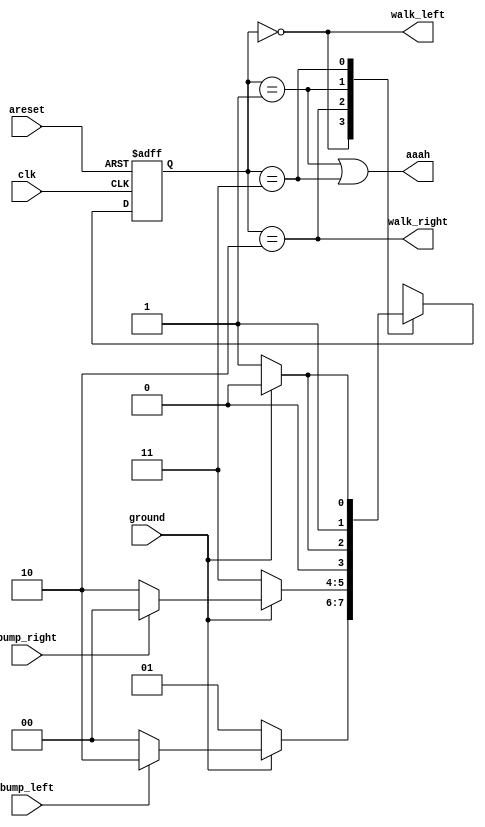
module top_module(
	input clk,
	input areset,
	input bump_left,
	input bump_right,
	input ground,
	output walk_left,
	output walk_right,
	output aaah
);

	parameter LEFT = 2'd0, LEFT_GROUND = 2'd1, RIGHT = 2'd2, RIGHT_GROUND = 2'd3;

	reg [1:0] curr_dir, next_dir;

	always @(posedge clk or posedge areset) begin
		// Freshly brainwashed Lemmings walk left.
		if (areset) begin
			curr_dir <= LEFT;
		end
		else begin
			curr_dir <= next_dir;
		end
	end

	always @(*) begin
		case (curr_dir)
			LEFT: begin
				if (ground) begin
					next_dir = bump_left ? RIGHT : LEFT;
				end
				else begin
					next_dir = LEFT_GROUND;
				end
			end
			RIGHT: begin
				if (ground) begin
					next_dir = bump_right ? LEFT : RIGHT;
				end
				else begin
					next_dir = RIGHT_GROUND;
				end
			end
			LEFT_GROUND: begin
				if (ground) begin
					next_dir = LEFT;
				end
				else begin
					next_dir = LEFT_GROUND;
				end
			end
			RIGHT_GROUND: begin
				if (ground) begin
					next_dir = RIGHT;
				end
				else begin
					next_dir = RIGHT_GROUND;
				end
			end
		endcase
	end

	assign walk_left = curr_dir == LEFT;
	assign walk_right = curr_dir == RIGHT;
	assign aaah = (curr_dir == LEFT_GROUND) || (curr_dir == RIGHT_GROUND);

endmodule
/*
module top_module(
    input clk,
    input areset,    // Freshly brainwashed Lemmings walk left.
    input bump_left,
    input bump_right,
    input ground,
    output walk_left,
    output walk_right,
    output aaah ); 
    
    reg [1:0]state, next_state;
    parameter [1:0]LEFT=0, RIGHT=1, FALL=3;
    
    always @(*) begin
        case (state)
            LEFT: next_state <= (bump_left) ? RIGHT : LEFT;
            RIGHT: next_state <= (bump_right) ? LEFT : RIGHT;
        endcase
    end
    
    always @(posedge clk or posedge areset) begin
        if(areset) begin
            state <= LEFT;
        end else begin
            if(ground) begin
                state <= next_state;
            end else begin
                state <= FALL;
            end
        end
        aaah <= ~ground;
    end
    assign walk_left = (state == LEFT);
    assign walk_right = (state == RIGHT);
        
endmodule
*/